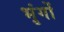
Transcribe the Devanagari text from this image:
भृंगों